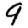
Digit: 9